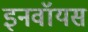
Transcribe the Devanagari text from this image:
इनवॉयस